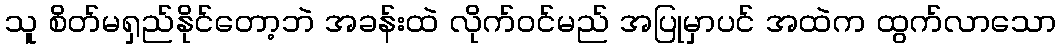
သူ စိတ်မရှည်နိုင်တော့ဘဲ အခန်းထဲ လိုက်ဝင်မည် အပြုမှာပင် အထဲက ထွက်လာသော